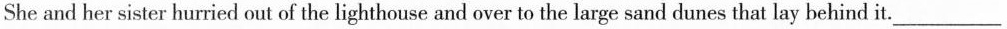
She and her sister hurried out of the lighthouse and over to the large sand dunes that lay behind it. ___